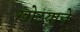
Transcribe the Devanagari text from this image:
खोटय़ाचे